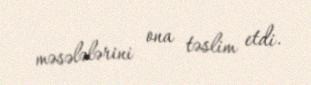
məsələlərini ona təslim etdi.